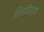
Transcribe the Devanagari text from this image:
मित्रमिलाप